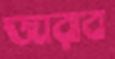
জারাব